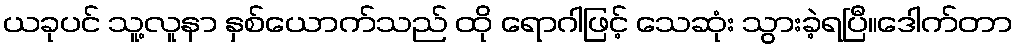
ယခုပင် သူ့လူနာ နှစ်ယောက်သည် ထို ရောဂါဖြင့် သေဆုံး သွားခဲ့ရပြီ။ဒေါက်တာ